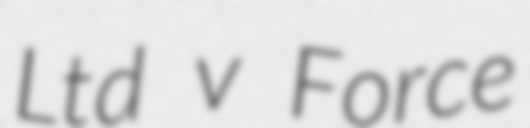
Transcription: Ltd v Force